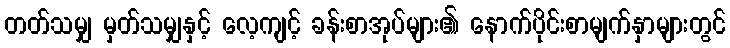
တတ်သမျှ မှတ်သမျှနှင့် လေ့ကျင့် ခန်းစာအုပ်များ၏ နောက်ပိုင်းစာမျက်နှာများတွင်